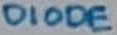
Text: DIODE